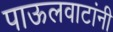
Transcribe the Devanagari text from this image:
पाऊलवाटांनी